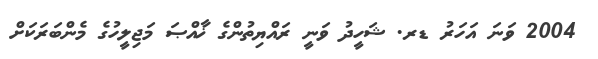
2004 ވަނަ އަހަރު ޑރ. ޝަހީދު ވަނީ ރައްޔިތުންގެ ޚާއްޞަ މަޖިލީހުގެ މެންބަރަކަށް